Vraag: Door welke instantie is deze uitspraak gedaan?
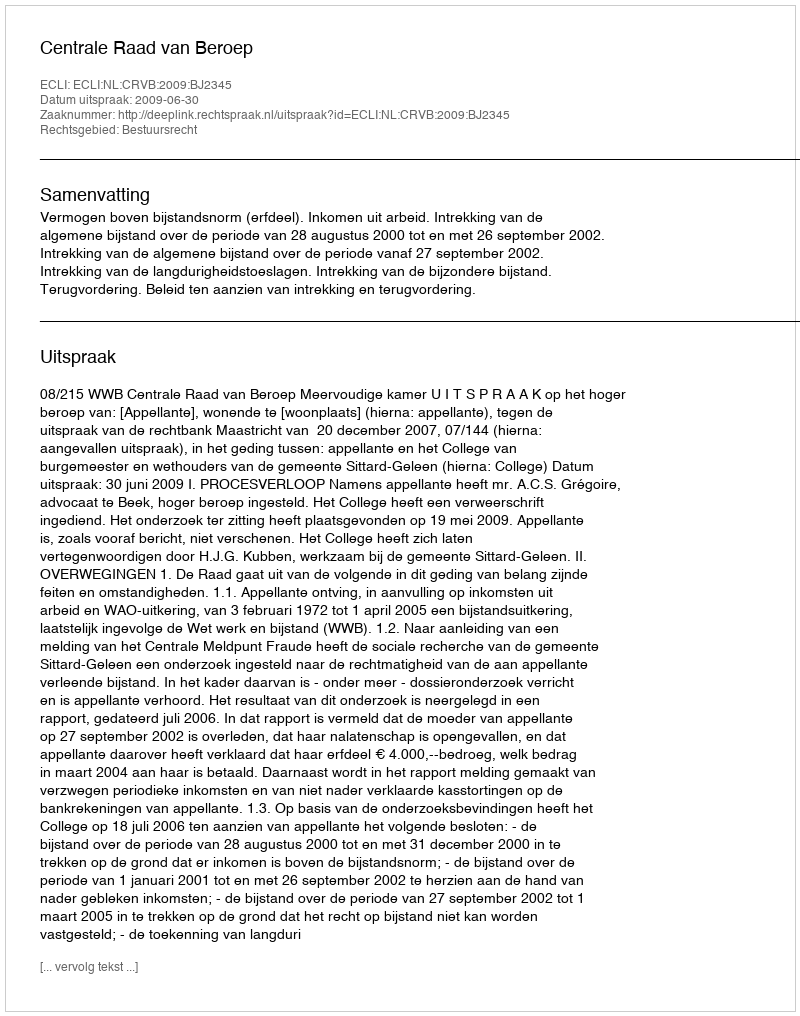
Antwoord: Centrale Raad van Beroep